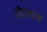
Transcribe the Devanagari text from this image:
बीएमएफ